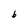
Character: 6